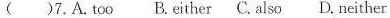
( )7.A. Too B.Either C.Also D. Neither